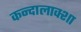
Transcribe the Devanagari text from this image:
कन्दालाक्शा